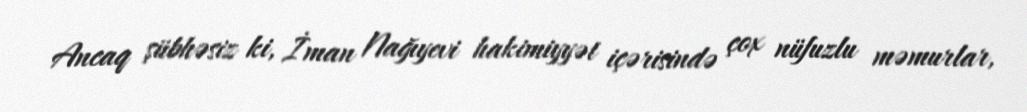
Ancaq şübhəsiz ki, İman Nağıyevi hakimiyyət içərisində çox nüfuzlu məmurlar,